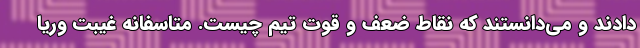
دادند و می‌دانستند که نقاط ضعف و قوت تیم چیست. متاسفانه غیبت وریا